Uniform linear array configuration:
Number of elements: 64
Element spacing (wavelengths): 0.25
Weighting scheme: cosine
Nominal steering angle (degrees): -60
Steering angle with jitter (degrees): -59.963
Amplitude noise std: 0.05
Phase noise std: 0.05

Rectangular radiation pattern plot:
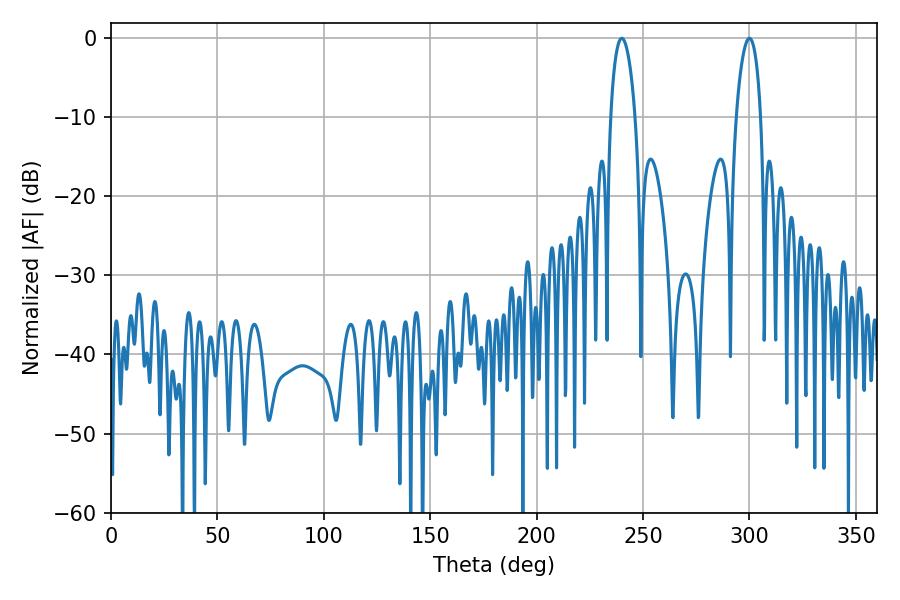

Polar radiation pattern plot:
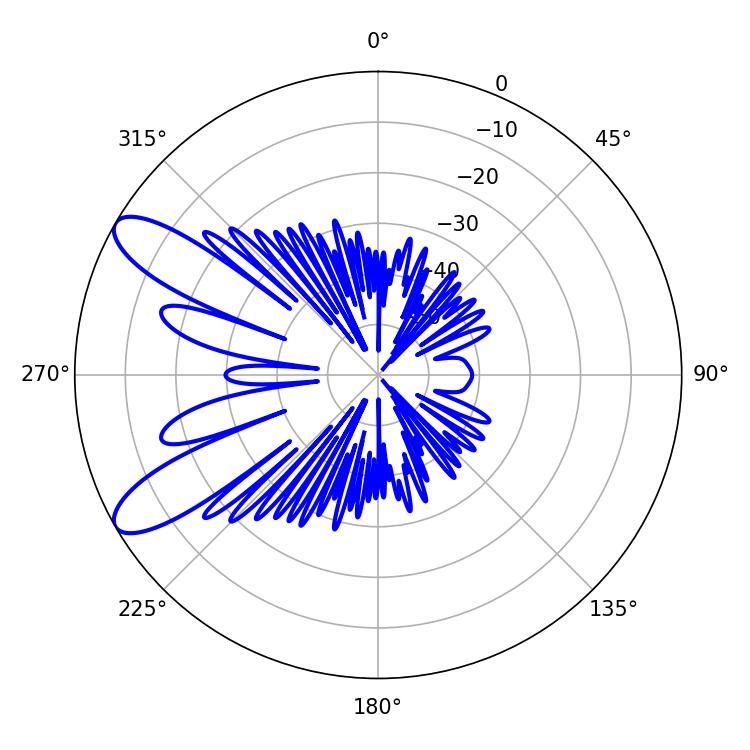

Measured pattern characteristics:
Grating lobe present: FALSE
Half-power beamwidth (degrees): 6.66
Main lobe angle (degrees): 239.94